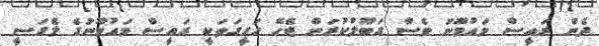
ދެން ރައީސް މައުމޫނު ވެސް ގަބޫލުކުރަން ޖެހޭ ހަގީގަތަކީ ރައީސް މައުމޫނުގެ ލެގަސީ